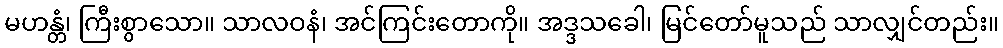
မဟန္တံ၊ ကြီးစွာသော။ သာလဝနံ၊ အင်ကြင်းတောကို။ အဒ္ဒသခေါ၊ မြင်တော်မူသည် သာလျှင်တည်း။